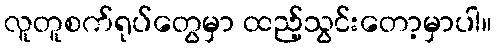
လူတူစက်ရုပ်တွေမှာ ထည့်သွင်းတော့မှာပါ။